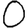
Digit: 0